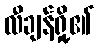
လီချန်ရှို့၏